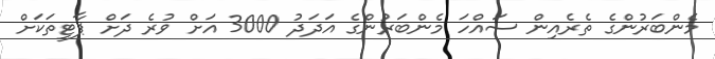
މެންބަރުންގެ ތެރެއިން ސައްހަ މެންބަރުންގެ އަދަދު 3000 އަށް ވުރެ ދަށް ޕާޓީތަކަށް